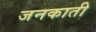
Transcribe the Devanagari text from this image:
जनकाती